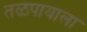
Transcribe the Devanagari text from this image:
तळपायाला